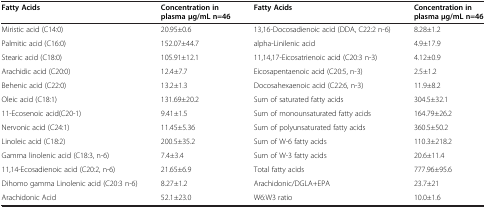
<table><thead><tr><td><b>Fatty Acids</b></td><td><b>Concentration in plasma μg/mL n=46</b></td><td><b>Fatty Acids</b></td><td><b>Concentration in plasma μg/mL n=46</b></td></tr></thead><tbody><tr><td>Miristic acid (C14:0)</td><td>20.95±0.6</td><td>13,16-Docosadienoic acid (DDA, C22:2 n-6)</td><td>8.28±1.2</td></tr><tr><td>Palmitic acid (C16:0)</td><td>152.07±44.7</td><td>alpha-Linilenic acid</td><td>4.9±17.9</td></tr><tr><td>Stearic acid (C18:0)</td><td>105.91±12.1</td><td>11,14,17-Eicosatrienoic acid (C20:3 n-3)</td><td>4.12±0.9</td></tr><tr><td>Arachidic acid (C20:0)</td><td>12.4±7.7</td><td>Eicosapentaenoic acid (C20:5, n-3)</td><td>2.5±1.2</td></tr><tr><td>Behenic acid (C22:0)</td><td>13.2±1.3</td><td>Docosahexaenoic acid (C22:6, n-3)</td><td>11.9±8.2</td></tr><tr><td>Oleic acid (C18:1)</td><td>131.69±20.2</td><td>Sum of saturated fatty acids</td><td>304.5±32.1</td></tr><tr><td>11-Ecosenoic acid(C20-1)</td><td>9.41±1.5</td><td>Sum of monounsaturated fatty acids</td><td>164.79±26.2</td></tr><tr><td>Nervonic acid (C24:1)</td><td>11.45±5.36</td><td>Sum of polyunsaturated fatty acids</td><td>360.5±50.2</td></tr><tr><td>Linoleic acid (C18:2)</td><td>200.5±35.2</td><td>Sum of W-6 fatty acids</td><td>110.3±218.2</td></tr><tr><td>Gamma linolenic acid (C18:3, n-6)</td><td>7.4±3.4</td><td>Sum of W-3 fatty acids</td><td>20.6±11.4</td></tr><tr><td>11,14-Ecosadienoic acid (C20:2, n-6)</td><td>21.65±6.9</td><td>Total fatty acids</td><td>777.96±95.6</td></tr><tr><td>Dihomo gamma Linolenic acid (C20:3 n-6)</td><td>8.27±1.2</td><td>Arachidonic/DGLA+EPA</td><td>23.7±21</td></tr><tr><td>Arachidonic Acid</td><td>52.1±23.0</td><td>W6:W3 ratio</td><td>10.0±1.6</td></tr></tbody></table>